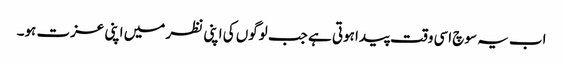
اب یہ سوچ اسی وقت پیدا ہوتی ہے جب لوگوں کی اپنی نظر میں اپنی عزت ہو۔